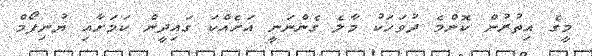
މީގެ އިތުރުން ކޮންމެ ދުވަހަކު މާލެ ގެންނަނީ އަށެއްކަ ގައިދީން ކަމަށާއި ޔުނިފޯމް